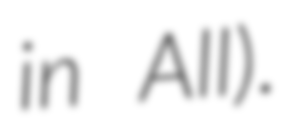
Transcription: in All).